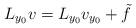
LaTeX: \begin{align*} L_{y_0}v= L_{y_0}v_{y_0}+\tilde{f}\end{align*}